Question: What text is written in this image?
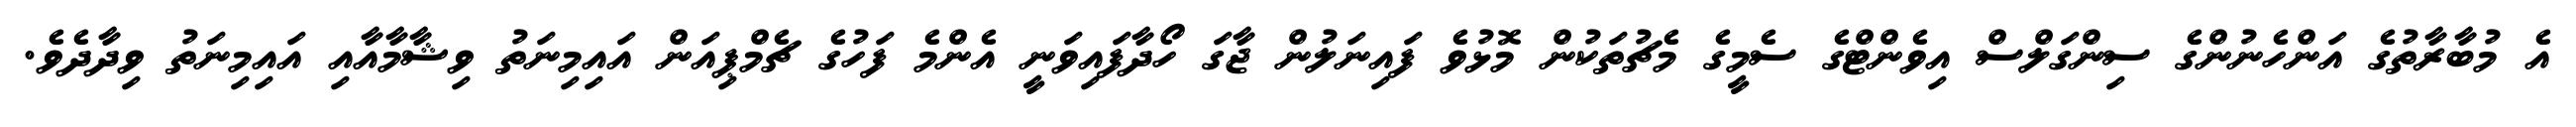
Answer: އެ މުބާރާތުގެ އަންހެނުންގެ ސިންގަލްސް އިވެންޓްގެ ސެމީގެ މެޗުތަކުން މޮޅުވެ ފައިނަލުން ޖާގަ ހޯދާފައިވަނީ އެންމެ ފަހުގެ ޗެމްޕިއަން އައިމިނަތު ވިޝާމާއާއި އައިމިނަތު ވިދާދެވެ.